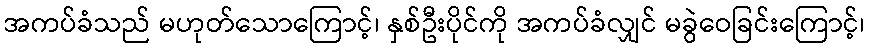
အကပ်ခံသည် မဟုတ်သောကြောင့်၊ နှစ်ဦးပိုင်ကို အကပ်ခံလျှင် မခွဲဝေခြင်းကြောင့်၊